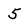
Character: 5